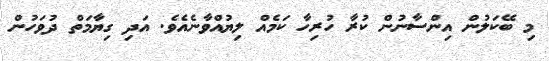
މި ބޭކަލުން އިންސާނުން ކުރާ ހުރިހާ ކަމެއް ލިޔުއްވާނެއެވެ. އަދި ގިޔާމަތް ދުވަހުން